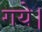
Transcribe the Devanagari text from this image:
गयेे।